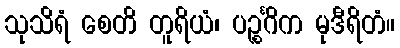
သုသိရံ စေတိ တူရိယံ၊ ပဉ္စင်္ဂိက မုဒီရိတံ။